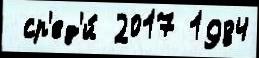
 ср'ед'и́ 2017 1984